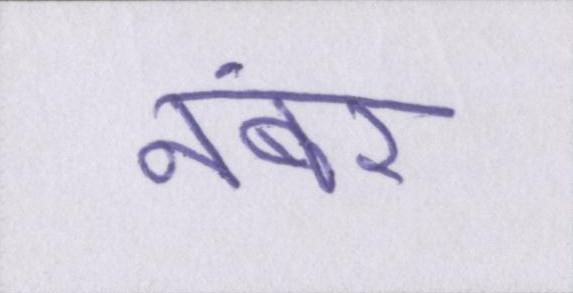
नंबर